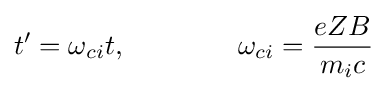
t'=\omega _{ci}t,\ \ \ \ \ \ \ \ \ \ \ \ \omega _{ci}={\frac {eZB}{m_{i}c}}